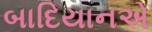
બાદિયાનએ